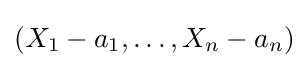
(X_{1}-a_{1},\dots ,X_{n}-a_{n})